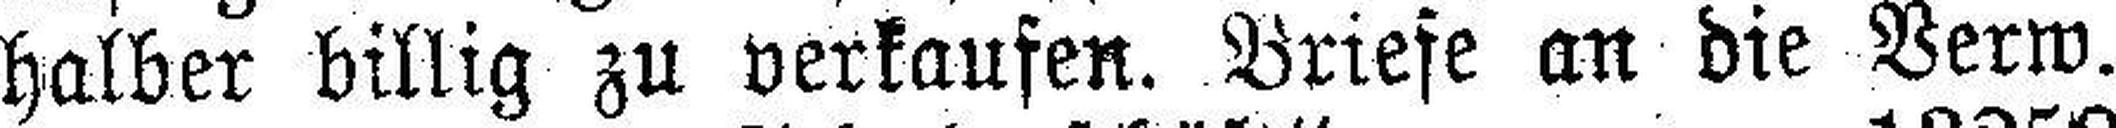
halber billig zu verkaufen. Briefe an die Verw.